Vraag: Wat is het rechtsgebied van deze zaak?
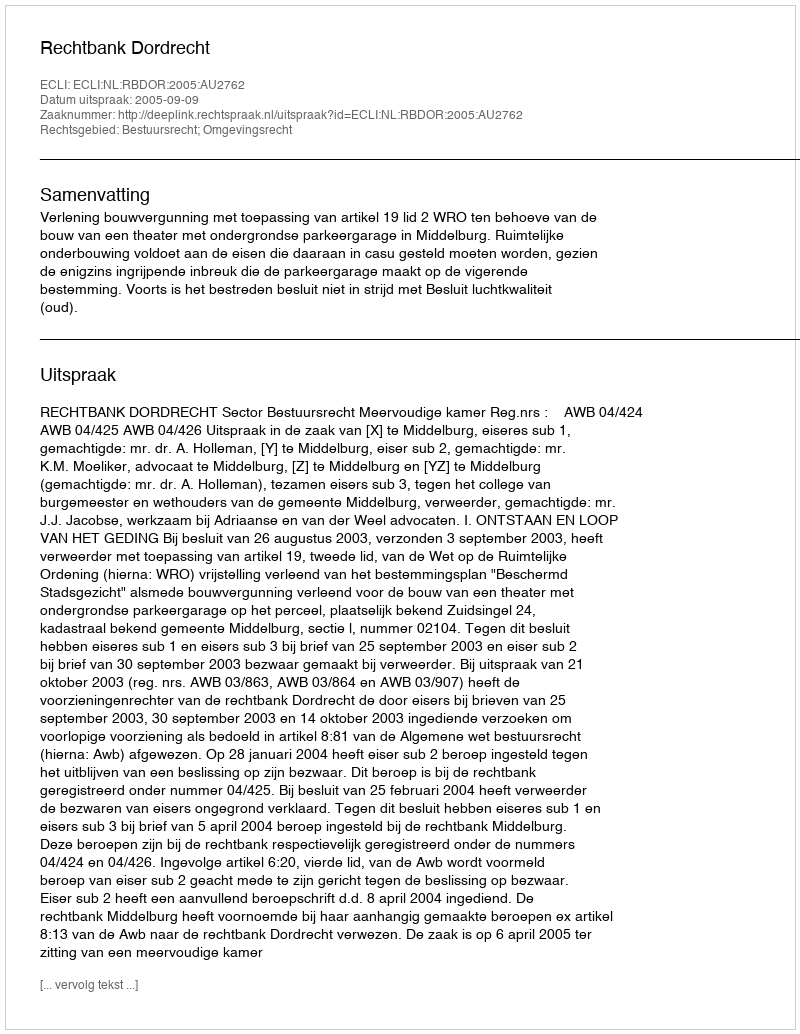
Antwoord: Bestuursrecht; Omgevingsrecht